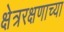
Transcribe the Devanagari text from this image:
क्षेत्ररक्षणाच्या